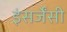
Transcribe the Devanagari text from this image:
इंसर्जेंसी